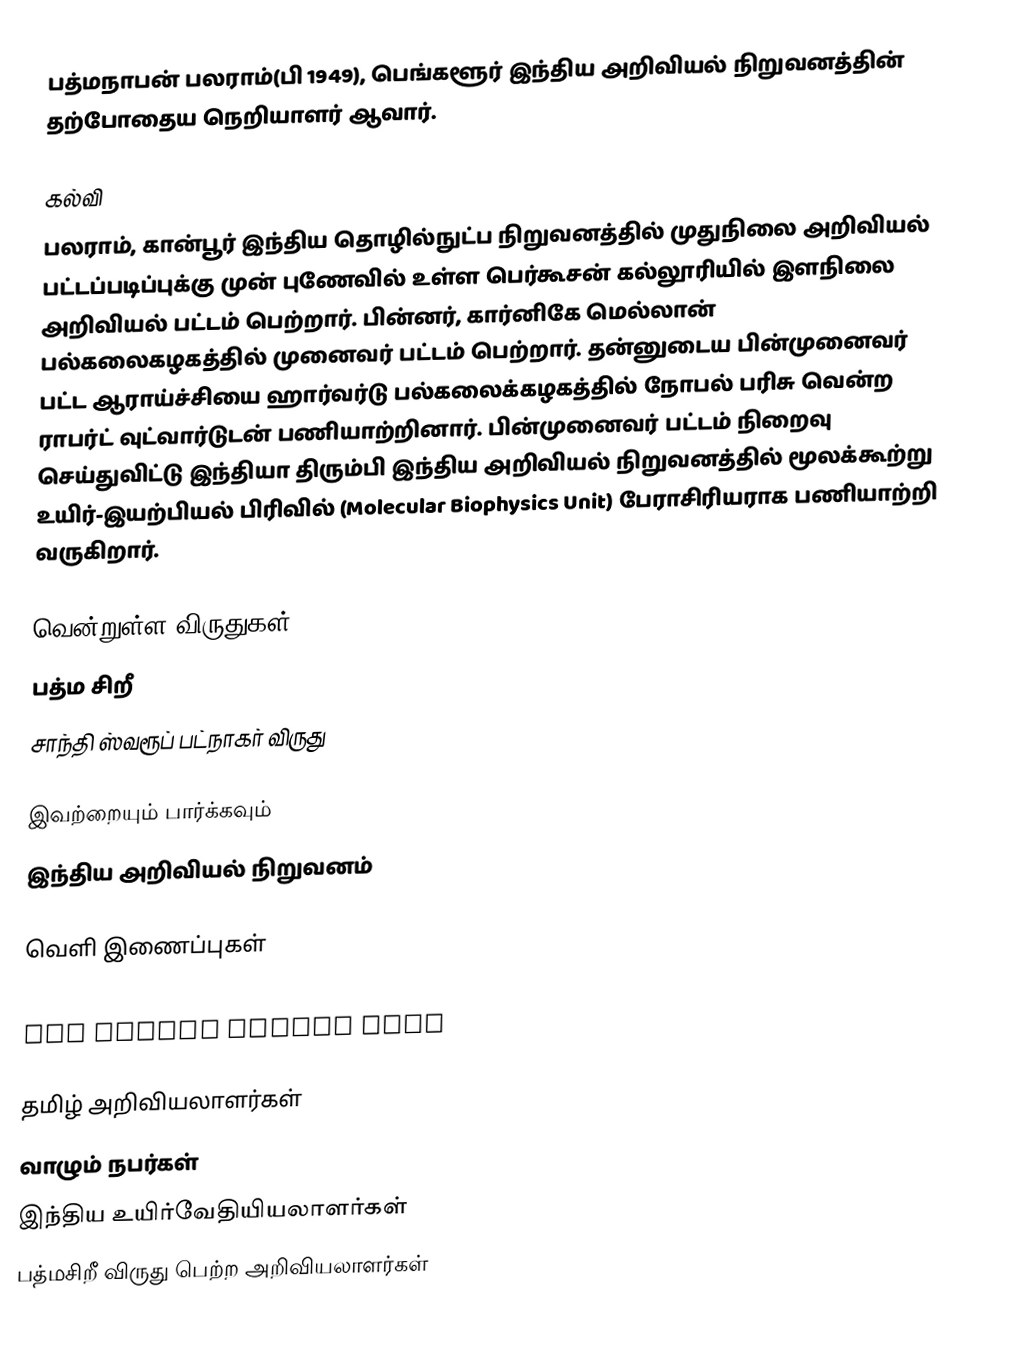
பத்மநாபன் பலராம்(பி 1949), பெங்களூர் இந்திய அறிவியல் நிறுவனத்தின் தற்போதைய நெறியாளர் ஆவார்.

கல்வி
பலராம், கான்பூர் இந்திய தொழில்நுட்ப நிறுவனத்தில் முதுநிலை அறிவியல் பட்டப்படிப்புக்கு முன் புணேவில் உள்ள பெர்கூசன் கல்லூரியில் இளநிலை அறிவியல் பட்டம் பெற்றார். பின்னர், கார்னிகே மெல்லான் பல்கலைகழகத்தில் முனைவர் பட்டம் பெற்றார். தன்னுடைய பின்முனைவர் பட்ட ஆராய்ச்சியை ஹார்வர்டு பல்கலைக்கழகத்தில் நோபல் பரிசு வென்ற ராபர்ட் வுட்வார்டுடன் பணியாற்றினார். பின்முனைவர் பட்டம் நிறைவு செய்துவிட்டு இந்தியா திரும்பி இந்திய அறிவியல் நிறுவனத்தில் மூலக்கூற்று உயிர்-இயற்பியல் பிரிவில் (Molecular Biophysics Unit) பேராசிரியராக பணியாற்றி வருகிறார்.

வென்றுள்ள விருதுகள்
பத்ம சிறீ
சாந்தி ஸ்வரூப் பட்நாகர் விருது

இவற்றையும் பார்க்கவும்
இந்திய அறிவியல் நிறுவனம்

வெளி இணைப்புகள்
Prof. Padmanabhan Balaram takes charge as new director of IISc
IIT Kanpur Alumni Page

தமிழ் அறிவியலாளர்கள்
வாழும் நபர்கள்
இந்திய உயிர்வேதியியலாளர்கள்
பத்மசிறீ விருது பெற்ற அறிவியலாளர்கள்